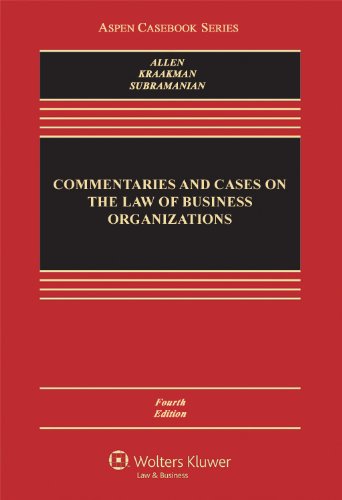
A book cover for Commentaries and Cases on the Law of Business Organization, Fourth Edition (Aspen Casebook); William T. Allen; Law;